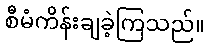
စီမံကိန်းချခဲ့ကြသည်။